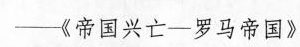
——《帝国兴亡——罗马帝国》